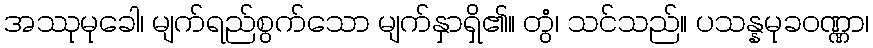
အဿုမုခေါ၊ မျက်ရည်စွက်သော မျက်နှာရှိ၏။ တွံ၊ သင်သည်။ ပသန္နမုခဝဏ္ဏာ၊